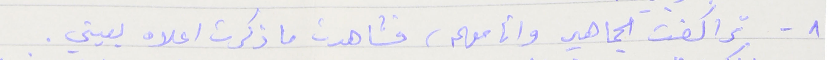
٨ - تراكضت الجماهير وانا معهم، فشاهدت ما ذكرت اعلاه بعيني .